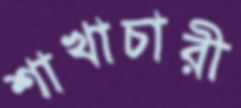
শাখাচারী